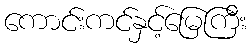
ကောင်းကင်နှင့်မြေကြီး